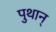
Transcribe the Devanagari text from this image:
पुथान्